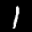
Label: 1